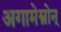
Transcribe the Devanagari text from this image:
अगामेम्नोन्